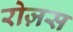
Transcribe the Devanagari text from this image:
रोज़स